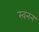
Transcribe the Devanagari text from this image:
स्वनन